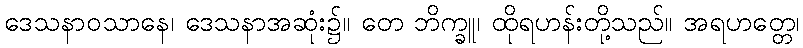
ဒေသနာဝသာနေ၊ ဒေသနာအဆုံး၌။ တေ ဘိက္ခူ၊ ထိုရဟန်းတို့သည်။ အရဟတ္တေ၊